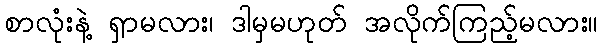
စာလုံးနဲ့ ရှာမလား၊ ဒါမှမဟုတ် အလိုက်ကြည့်မလား။